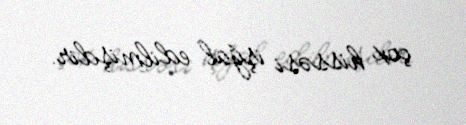
çox hissəsi işğal edilmişdir.